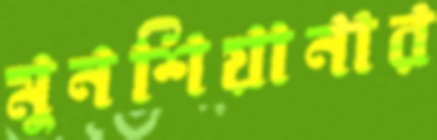
মুনশিয়ানার